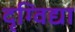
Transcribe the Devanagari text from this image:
दृग्विद्या